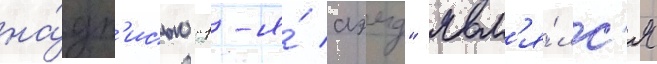
на́дп'исью "1-я́ аэмд" явл'я́лс'я